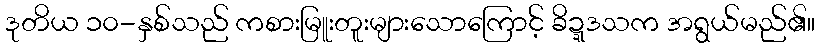
ဒုတိယ ၁၀-နှစ်သည် ကစားမြူးတူးများသောကြောင့် ခိဍ္ဍဒသက အရွယ်မည်၏။